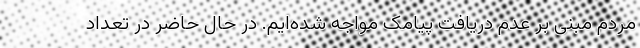
مردم مبنی بر عدم دریافت پیامک مواجه شده‌ایم. در حال حاضر در تعداد